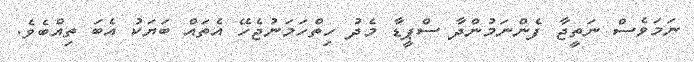
ނަމަވެސް ނަތީޖާ ފެންނަމުންދާ ސްޕީޑާ މެދު ހިތްހަމަނުޖެހޭ އެތައް ބަޔަކު އެބަ ތިއްބެވެ.